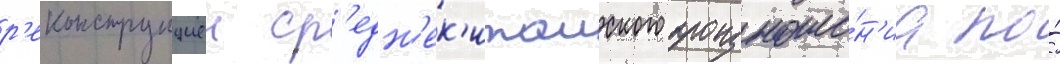
р'еконструкциеи ср'едн'ек'итаиского произноше́н'иа по́